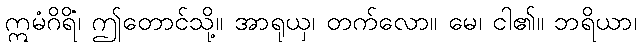
ဣမံဂိရိံ၊ ဤတောင်သို့။ အာရုယှ၊ တက်လော။ မေ၊ ငါ၏။ ဘရိယာ၊